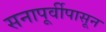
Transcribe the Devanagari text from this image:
सनापूर्वीपासून